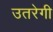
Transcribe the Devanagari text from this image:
उतरेगी